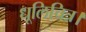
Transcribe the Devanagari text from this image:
धूलिचित्र।